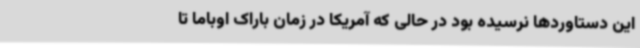
این دستاوردها نرسیده بود در حالی که آمریکا در زمان باراک اوباما تا